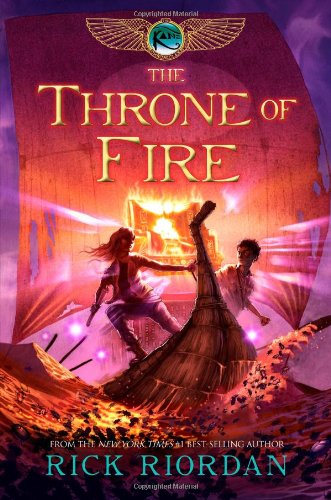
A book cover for The Throne of Fire (The Kane Chronicles, Book 2); Rick Riordan; Children's Books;